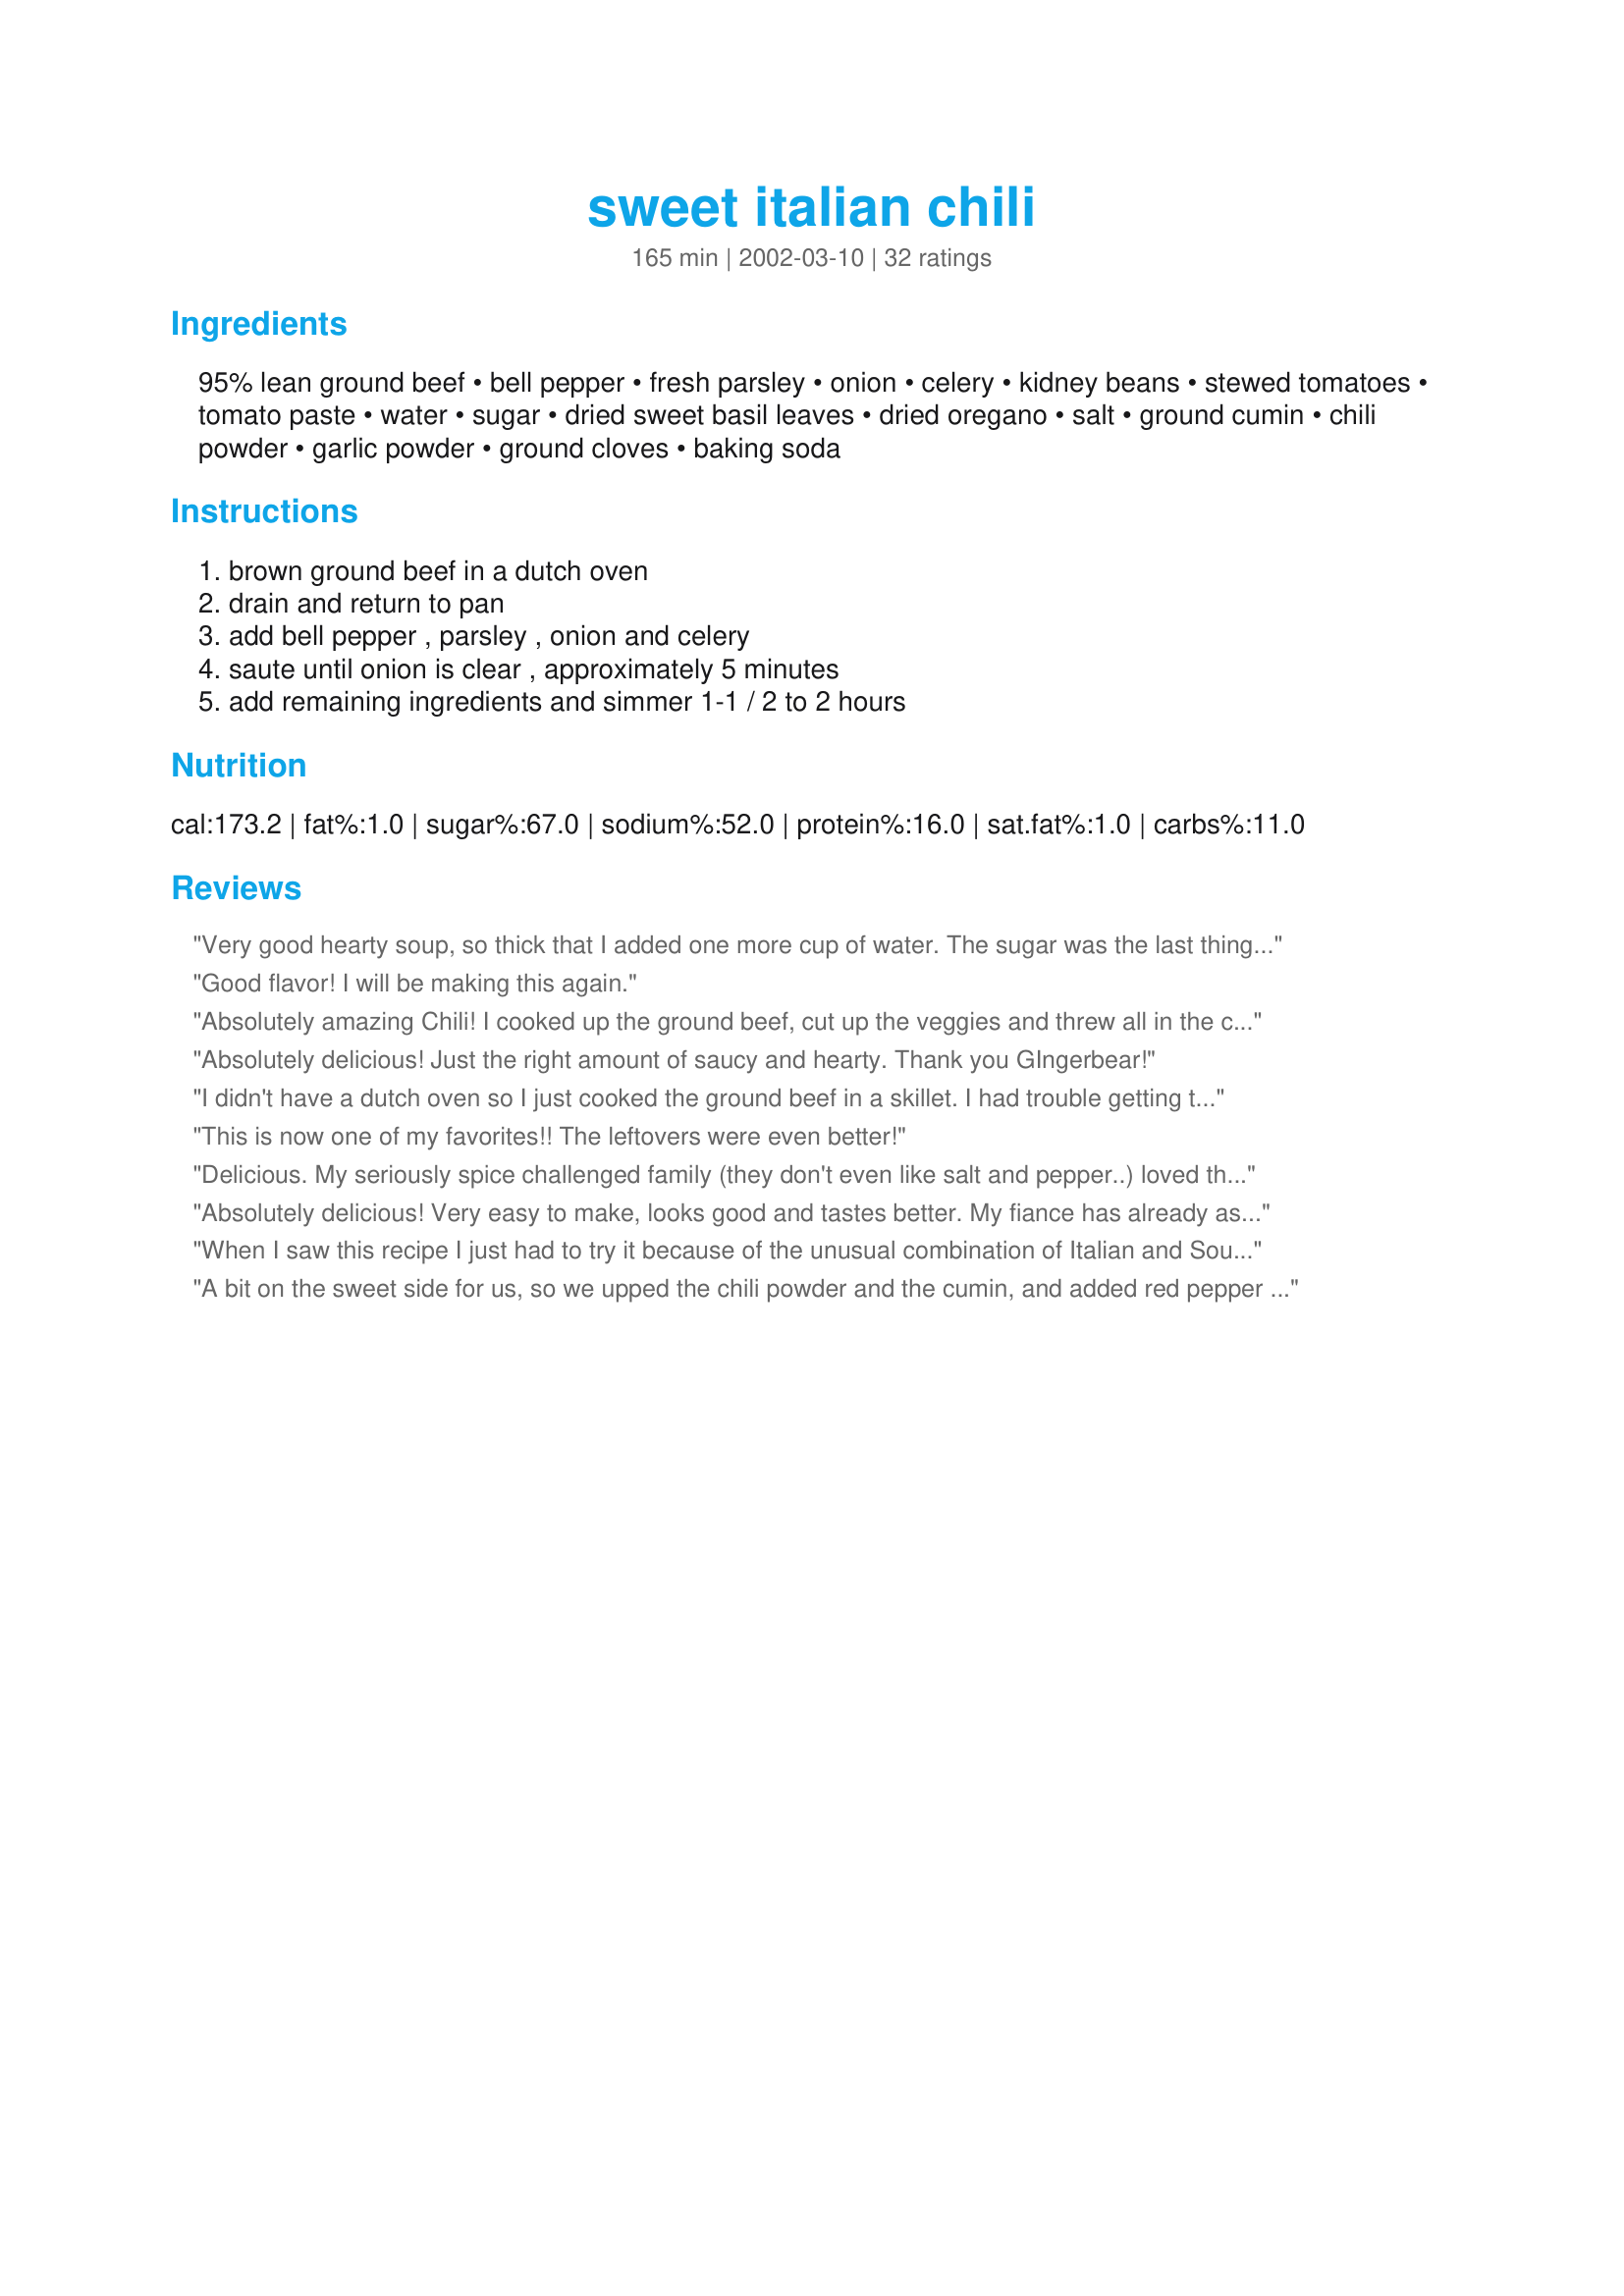
sweet italian chili
Preparation time: 165 minutes

Ingredients:
95% lean ground beef, bell pepper, fresh parsley, onion, celery, kidney beans, stewed tomatoes, tomato paste, water, sugar, dried sweet basil leaves, dried oregano, salt, ground cumin, chili powder, garlic powder, ground cloves, baking soda

Steps:
brown ground beef in a dutch oven, drain and return to pan, add bell pepper , parsley , onion and celery, saute until onion is clear , approximately 5 minutes, add remaining ingredients and simmer 1-1 / 2 to 2 hours

Reviews:
Very good hearty soup, so thick that I added one more cup of water. The sugar was the last thing I added but before doing so I took the opportunity of sampling the soup. It was just like taking a bite of heaven when I sampled it. Then I added the sugar and did not like it as well. Two out of my three kids did not like the sugar either. I'll make this again, just without the sugar.
Good flavor! I will be making this again.
Absolutely amazing Chili! I cooked up the ground beef, cut up the veggies and threw all in the crockpot and put it on Low for 6 hours and it was excellent - a very tasty, sweet Chili! (I made the recipe as stated, except put in a few teaspoons of minced garlic instead of the garlic powder.) My family and I loved it and it's a keeper! Thanks for sharing, Gingerbear!
Absolutely delicious! Just the right amount of saucy and hearty. Thank you GIngerbear!
I didn't have a dutch oven so I just cooked the ground beef in a skillet. I had trouble getting the onions to saute without burning the meat. I would suggest cooking them up separately at the same time the ground beef is cooking. Otherwise, this was pretty simple to make and did taste good. I give it 3 stars because I 'like it'. I just don't think sweet chili is for me. I might try it again though without adding the sugar. If you really like a spicy chili you'll need to add some additional spice. It wasn't hot at all, and it isn't supposed to be. It's a great recipe to make for kids.
This is now one of my favorites!! The leftovers were even better!
Delicious. My seriously spice challenged family (they don't even like salt and pepper..) loved this, no complaints. I only made a few changes - 3 packages of Splenda instead of sugar, and extra tsps of cumin and chili powder. Amazing!
Absolutely delicious! Very easy to make, looks good and tastes better. My fiance has already asked me to make again!
When I saw this recipe I just had to try it because of the unusual combination of Italian and Southwest spices. I'm really glad I did as it was very good. Went together quickly and you can kick your shoes off and rest for the simmer time! We had it for dinner two nights in a row and, in my opinion, it was even better the 2nd night! A keeper!
A bit on the sweet side for us, so we upped the chili powder and the cumin, and added red pepper flakes. The extra kick made it just right for us. Thanks, gingerbear!
I'm not a chili fan at all. I've probably made chili only twice in my life. I had to try this chili since it is a sweet rather than spicy chili. This chili is fantastic! I had my serving as soon as the 1 1/2 hours simmering time was over and the flavors were outstanding. I cooked up some small pasta called ditalini and served my chili over that for a chili-mac meal. I followed the recipe except for using only 1 can of kidney beans and I used the 3 cloves of garlic that other reviewers recommended. As soon as I can find a chili contest, I'm going to enter with this chili!
This recipe was a little too sweet for me so I added some more chili powder and cumin. I also added a little crushed red pepper. But, I loved the way is was sweet and then spicy. It was an awesome change to the same old chili. I also didn't have any cloves so I omitted them. I'll make this again.
made this vegetarian by using baby portobello mushrooms that i first sauteed in olive oil, garlic and sea salt then followed the recipe exactly subbing those for the meat. couldnt be simpler to make. very good taste, and nice texture; not too thick and not too thin. i did add a bit of hot sauce to it as i like things spicey but even without the flavor was great. thanks!
Yum, Yum. Only thing I did different was to use dried parsley cause I was out of fresh (actually bought cilantro by mistake!!!!). I strayed from using my recent "usual" recipe because I wanted to try and replicate the flavor of the chili from Nick's Chili Parlor in Indianapolis. It's been years since I had that chili, but the flavor of this was so good I think I can quit looking. Wasn't overly sweet, just plain good. Thanks!
Wonderful flavor and very hearty! Thanks for the recipe!
This is my favorite chili recipe. I've been trying a bunch and this one out does them all. I've had to give the recipe out to anyone I've made it for. Thank you!
THANK YOU!!! THANK YOU!!! THANK YOU!!!
New review....
I made this for a chili cook off, and I won first place with this wonderful chili. I knew it was a hit, and now so does everyone else.
original review:
THis was outstanding, and we enjoyed it so much. I made it with turkey burger, rather than lean ground beef, and I put in 3 cloves of garlic, and it was great! Thanks for a keeper! -- posted Oct 23, 2002
Yum! Will definitely make again. I used half as much water and a couple teaspoons of cloves, and I added a cup of chopped carrot and substituted 4 tablespoons of minced garlic for the garlic powder. Next time I'll bump up the bell pepper and onion to at least a cup each and use half as much chili powder, as I found it too spicy (but I don't like spicy food at all).
LOVED THIS RECIPE! Several friends of mine enjoyed it as well. I added shredded carrots and 3 garlic cloves which everyone seemed to like. My only wish would be that it had a little more of a kick (I love the sweetness but wanted the kick as well). I'm not sure if the solution would be more chili powder but I didn't want to ruin it.
This was pretty good, definitely didn't burn the tummy like most chilis do. My dad didn't care much for it, because he likes traditional chili. I thought this would be a nice compromise since mom doesn't like spicey foods. Haha! Ah, well, it was a good little meal with a spinach salad and a side of strawberries. Thanks for the opportunity to try something unique!
I saw your latest review yesterday morning when I was trying to think up something to have for dinner, and I made this. Everyone loved it - 5 stars all the way!
I made it per your recipe, except I reduced the sugar a little bit and used ground round. It's a great chile for the end of the summer when you're craving a good one-pot meal.
Thanks!
I prepared the recipe exactly as stated. At that point, it was a 4* recipe. For my tastes, it needed just a little more spice. I added about 1/4 tsp. more of salt, chili powder and cumin and it was perfect. That made it 5*.

I really like a hotter chili, but wanted one a little less spicy to use in a casserole. 

This one is perfect for anyone who likes a slightly sweet and less spicy chili. I'm making a casserole with a cornbread top, and I think this will be just what the recipe needs.
For someone who doesn't like "regular" chili, I love this! I halved the recipe and cooked it on low on the stove for 2 hrs and yielded three cups total. I used lean ground venison for the meat, and I added some extra basil and Italian seasoning as well. I have been eating it inside a warm flour tortilla with a little velveeta mixed in...very good! Thanks~
My boyfriend went crazy over this chili!!! congrats!!! GREAT RECIPE!!!
This is our favorite chili. A winter staple. I add mushrooms and extras on the other veggies (tastes great, extra healthy!) I've also made it with ground turkey and found it to be equally good. Thanks for a great recipe!!
I'm making this for the fourth time today in two months. I tripled the recipe for a small party and there were no leftovers - everyone loves it. This is now a staple in our house. It's hearty and robust for Dad, and not spicy and sweet for Mom. I don't add water since we like our chili thick. I always cook my meat seperately from my onions so I don't have to worry about under/over cooking them. Everything goes in the crockpot once the chili is assembled for at least three hours.
When Miss Diggy told us she won a blue ribbon w/this recipe I just had to try it! Unlike any other chili I've had, this is a chili that my DS's loved, unlike the spicy version that my DH and I love, but they don't. We were all very pleased w/this!
Nice dish. DH, who is a chili lover, loved it. We had it with corn muffin from recipe #83625; very good. Lacks a bit of spicyness but nothing that a bit of hot sauce in your bowl cannot fix.
This was a great recipe. Lot of interesting flavors. It is very thick, but that's the way we like it. It was just a little too sweet for us, felt like it overpowered the other seasoning. DD had the idea of putting sweet corn in it instead of the sugar so next time we are going to try that. Will definitely make again though! Thanks for posting.
I love this recipe. It has met with universal acclaim from everyone who's tried it. I took it to a chili cook off at work and had people begging for the recipe. I like to add sliced baby portabella mushrooms to it, as well as red bell pepper. Bring on the veggies!
This chilli was easy to make, we added 1 lb. of bacon to it, but didn't change anything else, and it was fantastic!
5 BIG STARS....DH is a true Chili Head and I am more of a Pecid kinda gal. I fixed this exactly as given and just put it in front of him. He gave it a fine compliment...some people just back up on the chili powder and cumin, leaving it bland and tasteless. This sweet chili is just that sweet chili with good full flavor. I resisted the temptation to adjust the meat to 1C beef and 1/2 cup italian sausage, I didn't want to make it too much of a "pasta sauce with beans"....it's perfect as it is. Tempted two friends that are of the "bland chili" sort, and they loved it, they liked the italian side of the recipe. Great recipe. Thanks for posting
